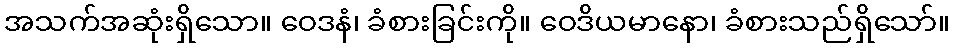
အသက်အဆုံးရှိသော။ ဝေဒနံ၊ ခံစားခြင်းကို။ ဝေဒိယမာနော၊ ခံစားသည်ရှိသော်။